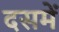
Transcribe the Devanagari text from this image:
दसमें